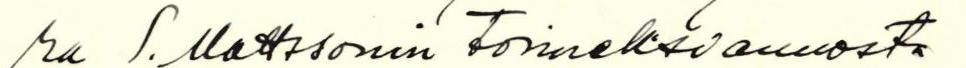
ra S. Mattssonin Toimeksiannosta